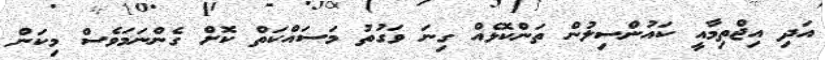
އަދި އިޖްތިމާއީ ކައުންސިލުން ތަންކޮޅެއް ގިނަ ވަގުތު މަސައްކަތް ކޮށް ގެންނަމަވެސް މިކަން